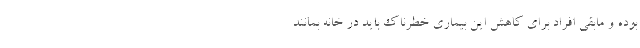
بوده و مابقی افراد برای کاهش این بیماری خطرناک باید در خانه بمانند